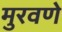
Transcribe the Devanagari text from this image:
मुरवणे